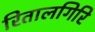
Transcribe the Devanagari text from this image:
रितालगिरि